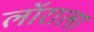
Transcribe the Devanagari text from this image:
लॉराला